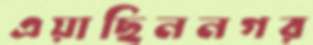
এয়াছিননগর